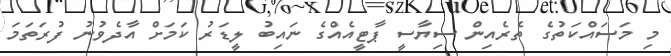
މި މަސައްކަތުގެ ތެރެއިން ސިޔާސީ ޕާޓީއެއްގެ ނައިބު ލީޑަރު ކަމަށް އާދެވުނު ފުރަތަމަ